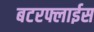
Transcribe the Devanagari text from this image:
बटरफ्लाईस